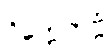
ဝိက္ကေတဗ္ဗံ